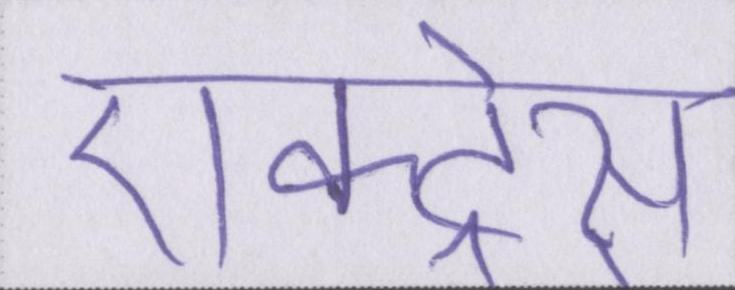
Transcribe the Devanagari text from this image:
ऐक्ट्रेस